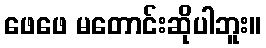
ဖေဖေ မတောင်းဆိုပါဘူး။